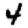
Digit: 4